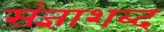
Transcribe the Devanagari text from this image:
संज्ञाशब्द